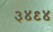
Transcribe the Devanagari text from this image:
३४९४